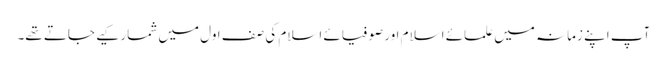
آپ اپنے زمانہ میں علمائے اسلام اور صوفیائے اسلام کی صف اول میں شمار کیے جاتے تھے۔